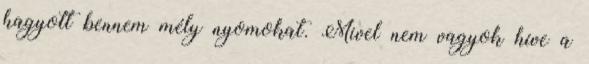
hagyott bennem mély nyomokat. Mivel nem vagyok híve a